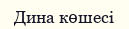
Дина көшесі